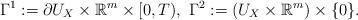
LaTeX: \begin{align*}\Gamma^1&:=\partial U_X\times\mathbb R^m\times[0,T),\ \Gamma^2:=(U_X\times \mathbb R^m)\times\{0\}.\end{align*}